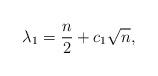
LaTeX: \begin{align*}\lambda_1 = \frac{n}{2} + c_1\sqrt{n},\end{align*}